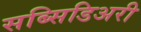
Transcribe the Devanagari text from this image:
सब्सिडिअरी